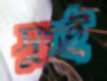
সুংই